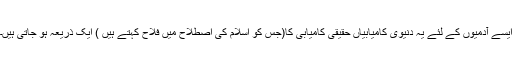
ایسے آدمیوں کے لئے یہ دنیوی کامیابیاں حقیقی کامیابی کا(جس کو اسلام کی اصطلاح میں فلاح کہتے ہیں ) ایک ذریعہ ہو جاتی ہیں۔